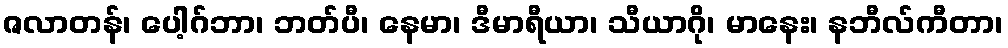
ဇလာတန်၊ ပေါ့ဂ်ဘာ၊ ဘတ်ပီ၊ နေမာ၊ ဒီမာရီယာ၊ သီယာဂို၊ မာနေး၊ နဘီလ်ကီတာ၊